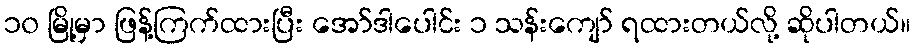
၁၀ မြို့မှာ ဖြန့်ကြက်ထားပြီး အော်ဒါပေါင်း ၁ သန်းကျော် ရထားတယ်လို့ ဆိုပါတယ်။